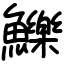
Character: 鱳